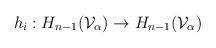
LaTeX: \begin{align*}h_i: H_{n-1}({\cal V}_{\alpha}) \rightarrow H_{n-1}({\cal V}_{\alpha})\end{align*}